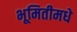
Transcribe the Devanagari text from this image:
भूमितीमधे